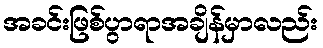
အခင်းဖြစ်ပွာရာအချိန်မှာလည်း